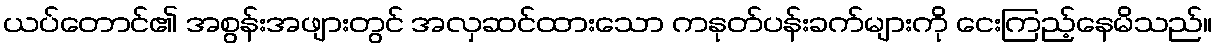
ယပ်တောင်၏ အစွန်းအဖျားတွင် အလှဆင်ထားသော ကနုတ်ပန်းခက်များကို ငေးကြည့်နေမိသည်။